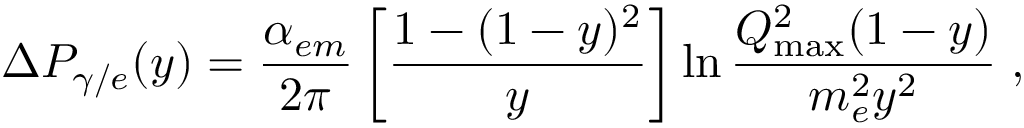
\Delta P _ { \gamma / e } ( y ) = \frac { \alpha _ { e m } } { 2 \pi } \left[ \frac { 1 - ( 1 - y ) ^ { 2 } } { y } \right] \ln \frac { Q _ { \mathrm { m a x } } ^ { 2 } ( 1 - y ) } { m _ { e } ^ { 2 } y ^ { 2 } } \; ,